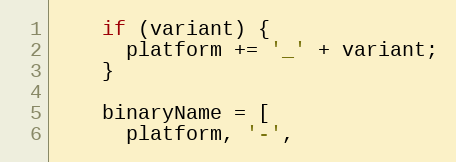
Language: JavaScript
    if (variant) {
      platform += '_' + variant;
    }

    binaryName = [
      platform, '-',